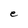
Character: e